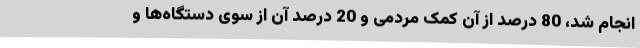
انجام شد، 80 درصد از آن کمک مردمی و 20 درصد آن از سوی دستگاه‌ها و